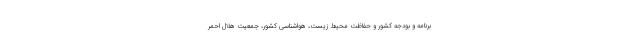
برنامه و بودجه کشور و حفاظت محیط زیست، هواشناسی کشور، جمعیت هلال احمر